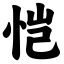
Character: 恺